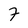
Character: 7